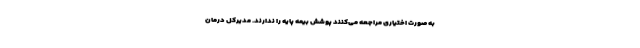
به صورت اختیاری مراجعه می‌کنند پوشش بیمه پایه را ندارند. مدیرکل درمان